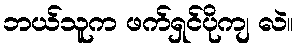
ဘယ်သူက ဖက်ရှင်ပိုကျ လဲ။